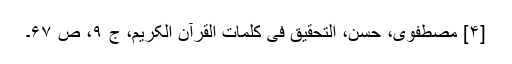
[۴] مصطفوی، حسن، التحقیق فی کلمات القرآن الکریم، ج ۹، ص ۶۷۔